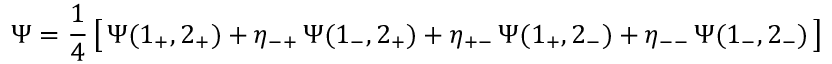
\Psi = { \frac { 1 } { 4 } } \, \bigl [ \, \Psi ( 1 _ { + } , 2 _ { + } ) + \eta _ { - + } \, \Psi ( 1 _ { - } , 2 _ { + } ) + \eta _ { + - } \, \Psi ( 1 _ { + } , 2 _ { - } ) + \eta _ { -- } \, \Psi ( 1 _ { - } , 2 _ { - } ) \, \bigr ]